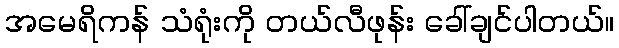
အမေရိကန် သံရုံးကို တယ်လီဖုန်း ခေါ်ချင်ပါတယ်။